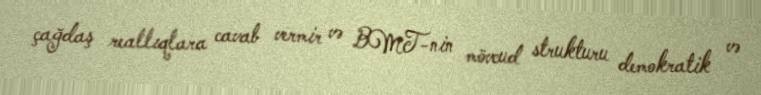
çağdaş reallıqlara cavab vermir və BMT-nin mövcud strukturu demokratik və